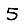
Digit: 5